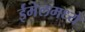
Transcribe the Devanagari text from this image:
ईमेलमध्ये